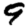
Digit: 9